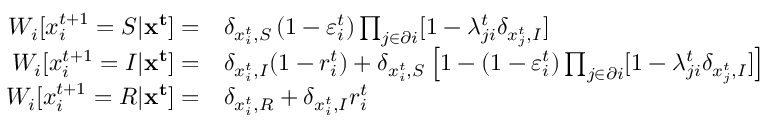
\begin{array} { r l } { W _ { i } [ x _ { i } ^ { t + 1 } = S | \mathbf { x ^ { t } } ] = } & { \delta _ { x _ { i } ^ { t } , S } \left( 1 - \varepsilon _ { i } ^ { t } \right) \prod _ { j \in \partial i } [ 1 - \lambda _ { j i } ^ { t } \delta _ { x _ { j } ^ { t } , I } ] } \\ { W _ { i } [ x _ { i } ^ { t + 1 } = I | \mathbf { x ^ { t } } ] = } & { \delta _ { x _ { i } ^ { t } , I } ( 1 - r _ { i } ^ { t } ) + \delta _ { x _ { i } ^ { t } , S } \left[ 1 - \left( 1 - \varepsilon _ { i } ^ { t } \right) \prod _ { j \in \partial i } [ 1 - \lambda _ { j i } ^ { t } \delta _ { x _ { j } ^ { t } , I } ] \right] } \\ { W _ { i } [ x _ { i } ^ { t + 1 } = R | \mathbf { x ^ { t } } ] = } & { \delta _ { x _ { i } ^ { t } , R } + \delta _ { x _ { i } ^ { t } , I } r _ { i } ^ { t } } \end{array}